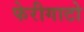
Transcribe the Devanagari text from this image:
फेरीगाटो